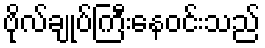
ဗိုလ်ချုပ်ကြီးနေဝင်းသည်